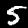
Label: 5